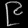
Digit: ၉